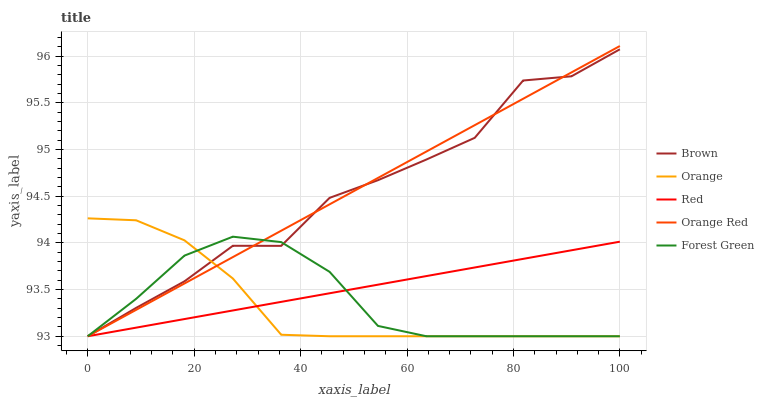
| xaxis_label | Brown | Orange | Red | Orange Red | Forest Green |
 | --- | --- | --- | --- | --- | --- |
 | 0 | 93 | 94.3 | 93 | 93 | 93 |
 | 9.09 | 93.3 | 94.2 | 93.1 | 93.3 | 93.4 |
 | 18.2 | 93.6 | 94 | 93.2 | 93.6 | 93.9 |
 | 27.3 | 94 | 93.6 | 93.3 | 93.8 | 94.1 |
 | 36.4 | 94 | 93 | 93.4 | 94.1 | 94 |
 | 45.5 | 94.5 | 93 | 93.5 | 94.4 | 93.7 |
 | 54.5 | 94.7 | 93 | 93.6 | 94.7 | 93.1 |
 | 63.6 | 94.9 | 93 | 93.6 | 95 | 93 |
 | 72.7 | 95.1 | 93 | 93.7 | 95.3 | 93 |
 | 81.8 | 95.7 | 93 | 93.8 | 95.5 | 93 |
 | 90.9 | 95.8 | 93 | 93.9 | 95.8 | 93 |
 | 100 | 96.1 | 93 | 94 | 96.1 | 93 |